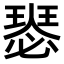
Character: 𤨝